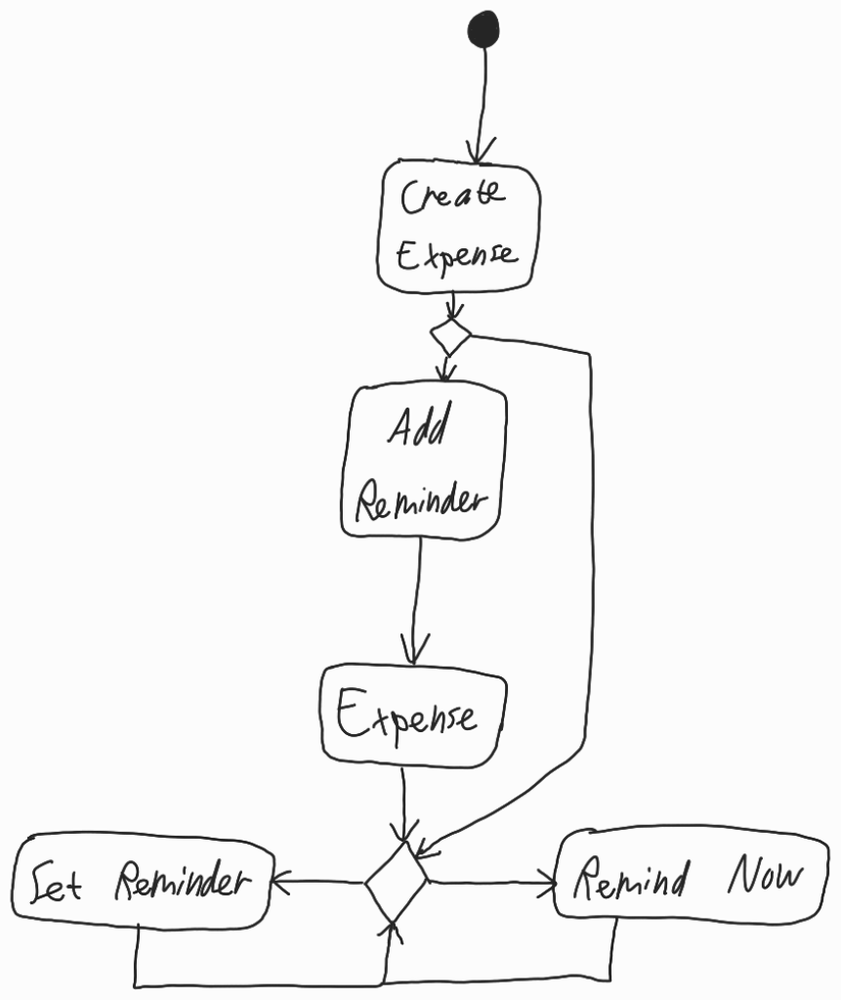
Diagram type: activity_diagram
```plantuml
@startuml

start

:Create Expense;

if ()
  :Add Reminder;
  :Expense;
endif

repeat
  if ()
    :Set Reminder;
  else
    :Remind Now;
  endif
repeat while

@enduml
```